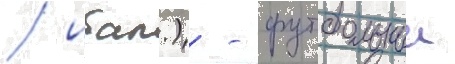
/ итал.) - футбольныи